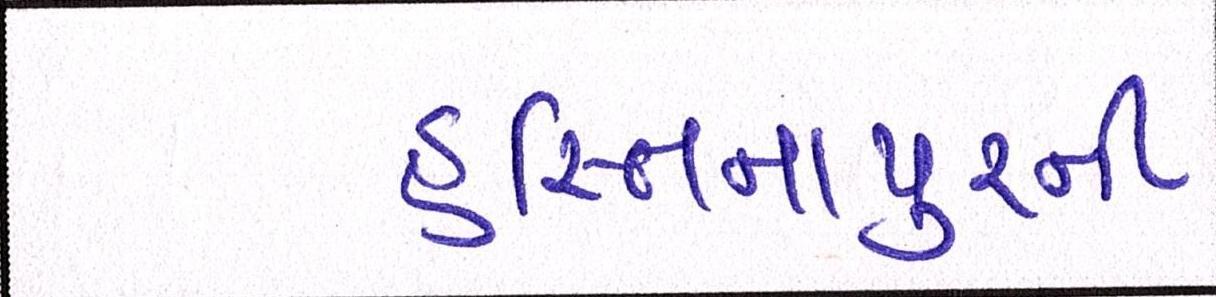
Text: હસ્તિનાપુરની